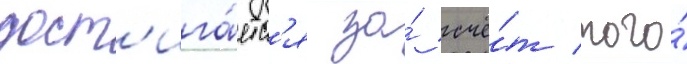
дост'ига́етс'я за́ счё́т того́